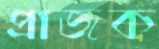
প্রাজক